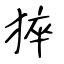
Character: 猝